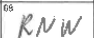
Transcription: RNW